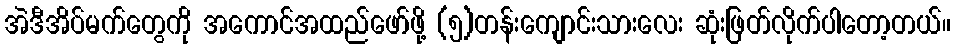
အဲဒီအိပ်မက်တွေကို အကောင်အထည်ဖော်ဖို့ (၅)တန်းကျောင်းသားလေး ဆုံးဖြတ်လိုက်ပါတော့တယ်။